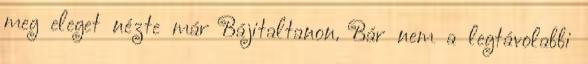
meg eleget nézte már Bájitaltanon. Bár nem a legtávolabbi